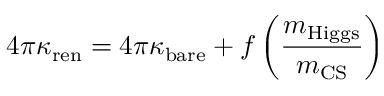
4 \pi \kappa _ { \mathrm { r e n } } = 4 \pi \kappa _ { \mathrm { b a r e } } + f \left( { \frac { m _ { \mathrm { H i g g s } } } { m _ { \mathrm { C S } } } } \right)